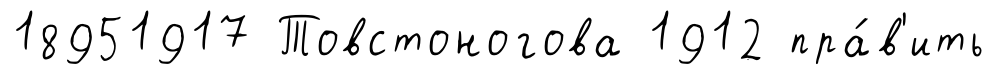
18951917 Товстоногова 1912 пра́в'ить